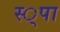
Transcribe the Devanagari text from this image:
स्‍्पा